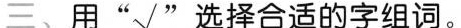
三、用”\surd ”选择合适的字组词。